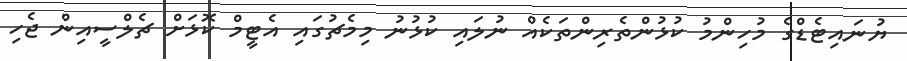
ޔުނައިޓެޑްގެ މުހިންމު ކުޅުންތެރިންތަކެއް ނުލައި ކުޅުނު މިމެޗުގައި އެޓީމް ކޮޅަށް ޗެލްސީއިން ޖެހި